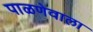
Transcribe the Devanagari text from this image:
पाळणेवाला